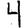
Digit: 4